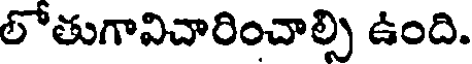
లోతుగావిచారించాల్సి ఉంది.